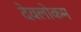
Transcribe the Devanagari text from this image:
देवलोकम